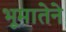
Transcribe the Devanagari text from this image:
भूमातेने